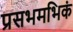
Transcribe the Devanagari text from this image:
प्रसभमभिकं